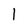
Character: 1